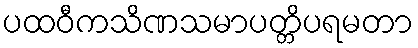
ပထဝီကသိဏသမာပတ္တိပရမတာ